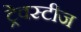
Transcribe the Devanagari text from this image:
ट्रेवस्टीज